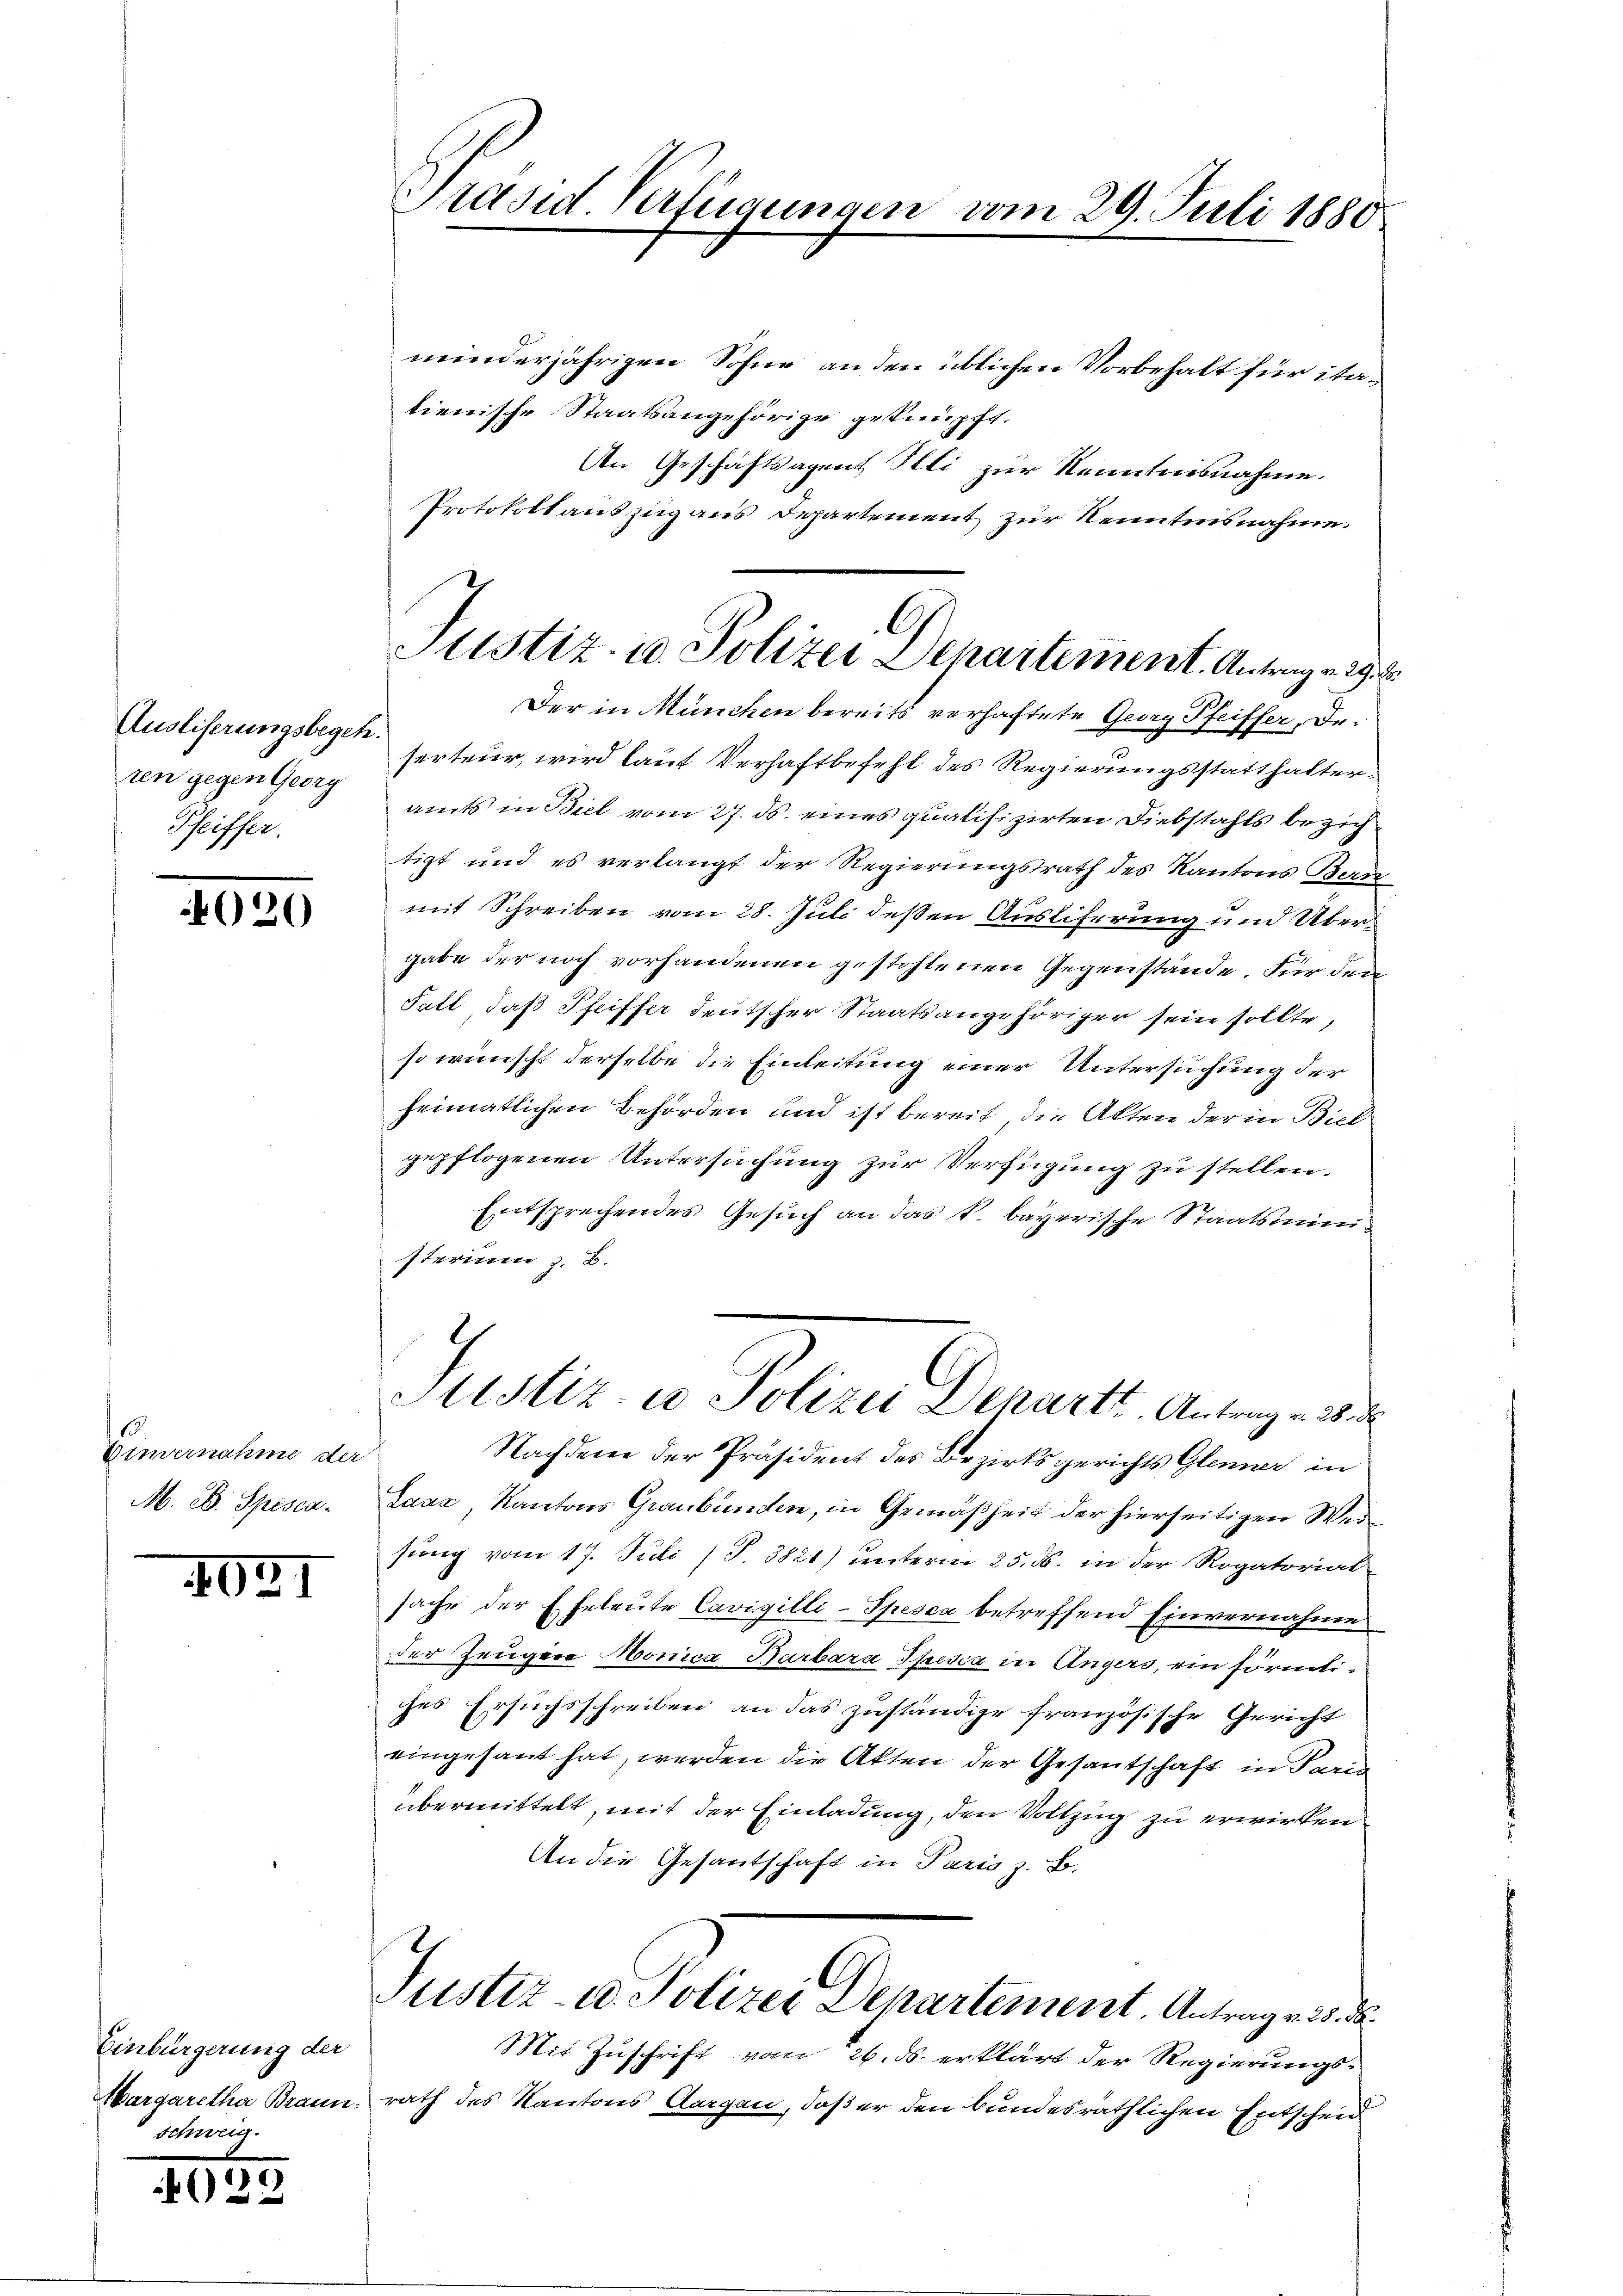
Ausliferungsbegeh
ren gegen Georg
Pfeiffer.

4020

Einvernahme der
M. D. Spisca.

XII

Einbürgerung der
Margaretha Braun
schweig

029

Präsid Verfügungen vom 29. Juli 1880

minderjährigen Sohne an den üblichen Vorbehalt für itatienische Staatsangehörige geknüpft.
An Geschäftsagent Illi zur Kenntnisnahme.
Protokoll auszug aus Departement zur Neuntnisnahme.
Der in München bereits verhaftete Georg Pfeiffer, Deserteur, wird lauf Verhaftbefehl des Regierungsstatthalteramts in Biel vom 27. ds. eines qualifizirten Diebstahls beziehtigt und es verlangt der Regierungsrath des Kantons Bern
mit Schreiben vom 28. Juli deßen Ausliferung und Übergabe der noch vorhandenen gestohlenen Gegenstände Für den
Fall, daß Pfeiffer deutscher Staatsangehöriger sein sollte,
so wünscht derselbe die Einleitung einer Untersuchung der
heimatlichen Behörden und ist bereit, die Akten der in Biel
gepflogenen Untersuchung zur Verfügung zu stellen.
Entsprechendes Gesuch an das k. bayerische Staatsministerium z. B.
9
Justiz- u. Polizei Departe Antrag v. 28
Nachdene der Präsident des Bezirksgerichts Glenner in
Laxa, Kantons Graubünden, in Gemäßheit der hierseitigen Weisung vom 17. Juli (T. 3821) unterm 25. ds. in der Rogatorial
sache der Eheleute Cavigilli-Spesca betreffend Einvernahme
der Zeugere Monica Barbara Spesia in Angers, ein förmliches Ersuchsschreiben an das zuständige französische Gericht
eingesant hat, werden die Akten der Gesantschaft in Paris
übermittelt, mit der Einladung, den Vollzug zu erwirken
An die Gesantschaft in Paris z. B.
Justiz- u. Polizei Departement. Antrag v. 25. d.
Mit Zuschrift vom 26. ds. erklärt der Regierungsrath des Kantons Aargau, daß er den bundesräthlichen Entscheid

Justiz- u. Polizei Departement. Antragen 29.